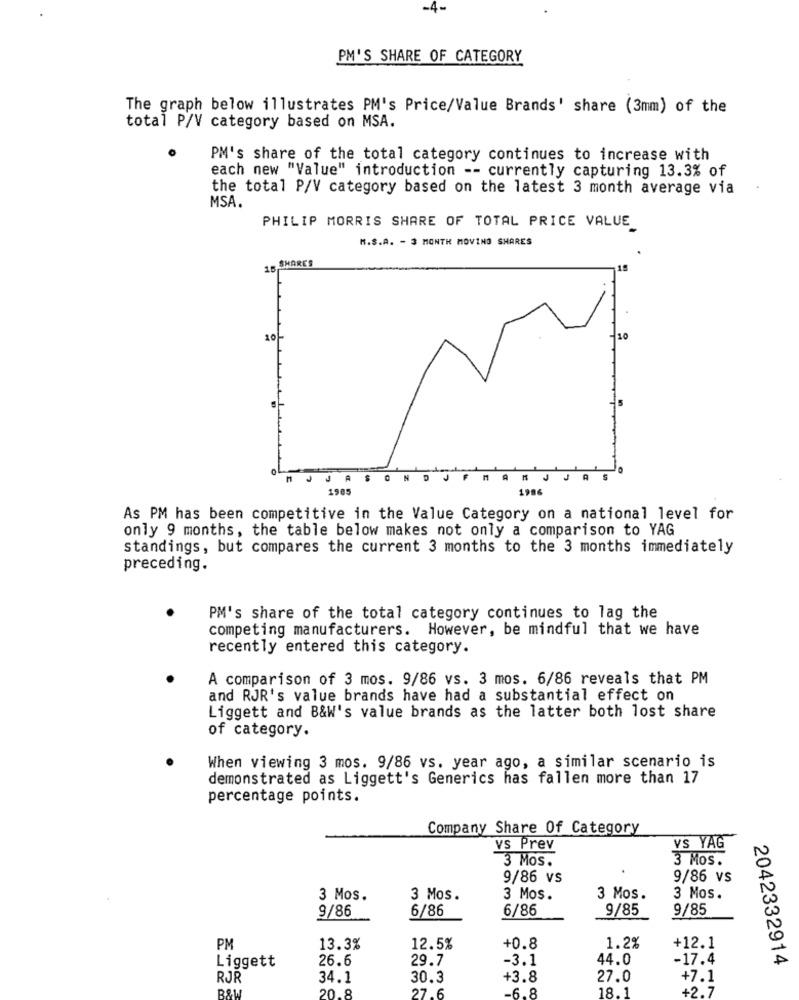
-4-
PM'S SHARE OF CATEGORY
The graph below illustrates PM's Price/Value Brands' share (3mm) of the
total P/V category based on MSA.
PM's share of the total category continues to increase with
each new "Value" introduction -- currently capturing 13.3% of
the total P/V category based on the latest 3 month average via
MSA.
PHILIP MORRIS SHARE OF TOTAL PRICE VALUE
M.S.A. - 3 MONTH MOVING SHARES
15 SHARES
10
MJJAS
ONDJ
J
1985
1986
As PM has been competitive in the Value Category on a national level for
only 9 months, the table below makes not only a comparison to YAG
standings, but compares the current 3 months to the 3 months immediately
preceding.
PM's share of the total category continues to lag the
competing manufacturers. However, be mindful that we have
recently entered this category.
A comparison of 3 mos. 9/86 vs. 3 mos. 6/86 reveals that PM
and RJR's value brands have had a substantial effect on
Liggett and B&W's value brands as the latter both lost share
of category.
When viewing 3 mos. 9/86 vs. year ago, a similar scenario is
demonstrated as Liggett's Generics has fallen more than 17
percentage points.
Company Share Of Category
vs Prev
VS YAĞ
3 Mos.
3 Mos.
9/86 vs
9/86 vs
3 Mos.
3 Mos.
3 Mos.
3 Mos.
3 Mos.
9/86
6/86
6/86
9/85
9/85
PM
13.3%
12.5%
+0.8
1.2%
+12.1
26.6
29.7
-3.1
44.0
-17.4
2042332914
Liggett
RJR
34.1
30.3
+3.8
27.0
+7.1
20.8
27.6
.6.8
+2.7
18.1